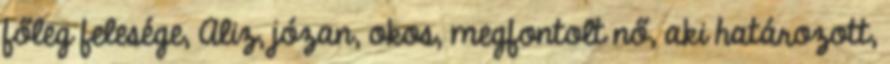
főleg felesége, Aliz, józan, okos, megfontolt nő, aki határozott,